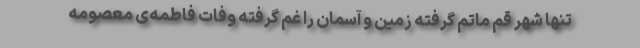
تنها شهر قم ماتم گرفته زمین و آسمان را غم گرفته وفات فاطمه‌ی معصومه